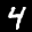
Label: 4